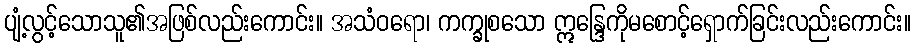
ပျံ့လွင့်သောသူ၏အဖြစ်လည်းကောင်း။ အသံဝရော၊ ကက္ခုစသော ဣန္ဒြေကိုမစောင့်ရှောက်ခြင်းလည်းကောင်း။